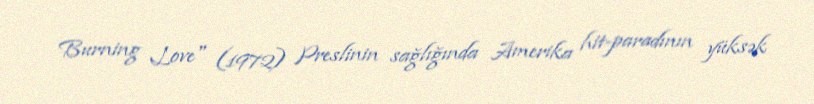
Burning Love" (1972) Preslinin sağlığında Amerika hit-paradının yüksək